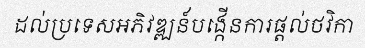
ដល់ប្រទេសអភិវឌ្ឍន៍បង្កើនការផ្តល់ថវិកា